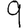
Digit: 9